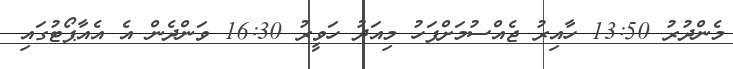
މެންދުރު 13:50 ހާއިރު ޖެއްސުމަށްފަހު މިއަދު ހަވީރު 16:30 ވަންދެން އެ އެއާޕޯޓުގައި